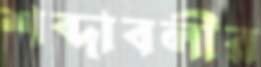
শব্দাবলীর